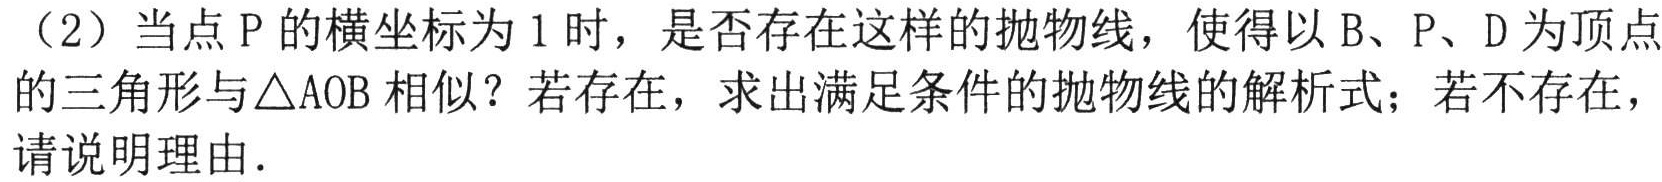
（2）当点\(P\)的横坐标为\(1\)时，是否存在这样的抛物线，使得以\(B\)、\(P\)、\(D\)为顶点的三角形与\(\triangle AOB\)相似？若存在，求出满足条件的抛物线的解析式；若不存在，请说明理由.